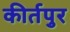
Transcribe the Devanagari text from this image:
कीर्तपुर